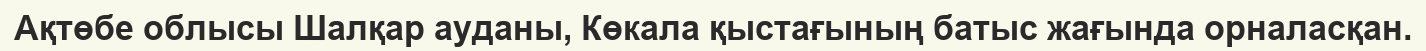
Ақтөбе облысы Шалқар ауданы, Көкала қыстағының батыс жағында орналасқан.